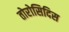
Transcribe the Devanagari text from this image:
तोरोसिदिस